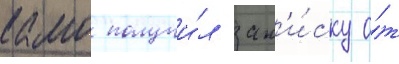
камо получи́л зап'и́ску о́т